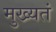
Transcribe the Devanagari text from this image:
मुख्यतं